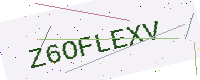
Text: Z6OFLEXV